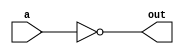
module not_gate(
    input wire a,
    output reg out
);

always @(*) begin
    out = ~a;
end

endmodule